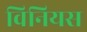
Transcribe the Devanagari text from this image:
विनियस